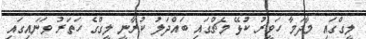
ލީގްގައި މާދަމާ ހަވީރު ކުޅޭ މެޗްގައި ބައްދަލު ކުރާނީ ލީގްގެ ހަތަރު ވަނައިގައި